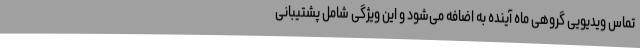
تماس ویدیویی گروهی ماه آینده به اضافه می‌شود و این ویژگی شامل پشتیبانی